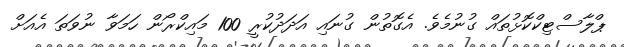
ޕްލާސްޓިކްކޮޅުތައް ގުނުމެވެ. އެގޮތުން ގުނައި އަދަދުކުރީ 100 މައިކްރޯން ހަމަވާ ނުވަތަ އެއަށް